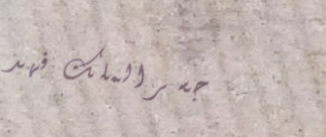
جسر الملك فهد